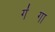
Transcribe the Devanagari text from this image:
ग॑गा